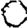
Digit: 0